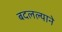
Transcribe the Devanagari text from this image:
बदलल्याने